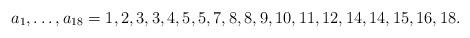
LaTeX: \begin{align*}a_1,\dots,a_{18} = 1,2,3,3,4,5,5,7,8,8,9,10,11,12,14,14,15,16,18.\end{align*}